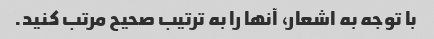
با توجه به اشعار، آنها را به ترتیب صحیح مرتب کنید.